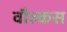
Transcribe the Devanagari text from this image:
वौल्कस